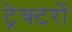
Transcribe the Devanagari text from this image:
ट्रेक्टरों